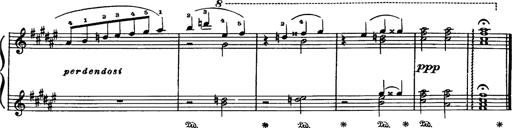
Title: Danza sacra e duetto finale dâ€™Aida
Composer: Franz Liszt